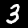
Label: 3